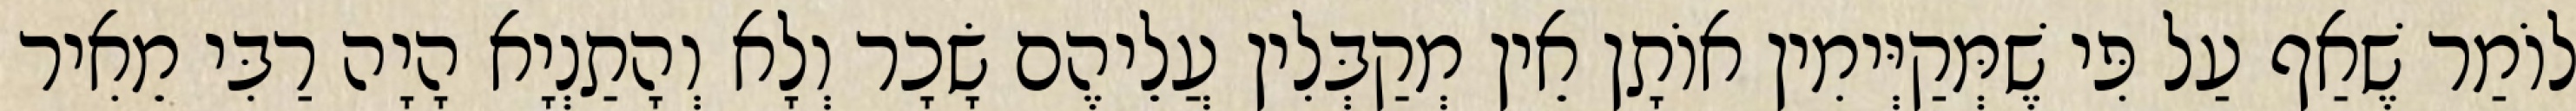
לוֹמַר שֶׁאַף עַל פִּי שֶׁמְּקַיְּימִין אוֹתָן אֵין מְקַבְּלִין עֲלֵיהֶם שָׂכָר וְלָא וְהָתַנְיָא הָיָה רַבִּי מֵאִיר